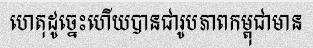
ហេតុដូច្នេះហើយបានជារូបភាពកម្ពុជាមាន